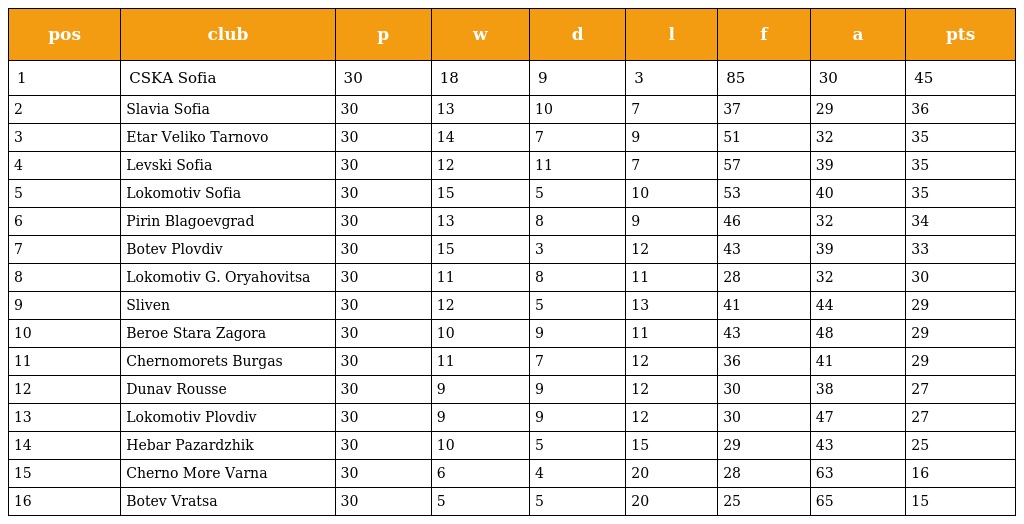
| pos | club | p | w | d | l | f | a | pts |
 | --- | --- | --- | --- | --- | --- | --- | --- | --- |
 | 1 | CSKA Sofia | 30 | 18 | 9 | 3 | 85 | 30 | 45 |
 | 2 | Slavia Sofia | 30 | 13 | 10 | 7 | 37 | 29 | 36 |
 | 3 | Etar Veliko Tarnovo | 30 | 14 | 7 | 9 | 51 | 32 | 35 |
 | 4 | Levski Sofia | 30 | 12 | 11 | 7 | 57 | 39 | 35 |
 | 5 | Lokomotiv Sofia | 30 | 15 | 5 | 10 | 53 | 40 | 35 |
 | 6 | Pirin Blagoevgrad | 30 | 13 | 8 | 9 | 46 | 32 | 34 |
 | 7 | Botev Plovdiv | 30 | 15 | 3 | 12 | 43 | 39 | 33 |
 | 8 | Lokomotiv G. Oryahovitsa | 30 | 11 | 8 | 11 | 28 | 32 | 30 |
 | 9 | Sliven | 30 | 12 | 5 | 13 | 41 | 44 | 29 |
 | 10 | Beroe Stara Zagora | 30 | 10 | 9 | 11 | 43 | 48 | 29 |
 | 11 | Chernomorets Burgas | 30 | 11 | 7 | 12 | 36 | 41 | 29 |
 | 12 | Dunav Rousse | 30 | 9 | 9 | 12 | 30 | 38 | 27 |
 | 13 | Lokomotiv Plovdiv | 30 | 9 | 9 | 12 | 30 | 47 | 27 |
 | 14 | Hebar Pazardzhik | 30 | 10 | 5 | 15 | 29 | 43 | 25 |
 | 15 | Cherno More Varna | 30 | 6 | 4 | 20 | 28 | 63 | 16 |
 | 16 | Botev Vratsa | 30 | 5 | 5 | 20 | 25 | 65 | 15 |